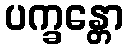
ပက္ခန္တော